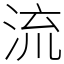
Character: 流